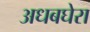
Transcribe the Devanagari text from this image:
अधबघेरा